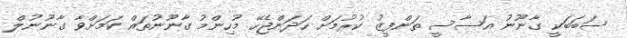
ސަބަބަކީ ގާނޫނު އަސާސީ ތަންފީޒު ކުރުމަށް ހަދަންޖެހޭ މުހިންމު ގާނޫނުތައް ކަމަށްވާ ގާނޫނުލް